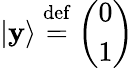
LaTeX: |\mathbf{y}\rangle\ {\stackrel{\mathrm{{def}}}{=}}\ {\left(\begin{array}{l}{0}\\ {1}\end{array}\right)}